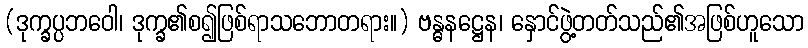
(ဒုက္ခပ္ပဘဝေါ၊ ဒုက္ခ၏စ၍ဖြစ်ရာသဘောတရား။) ဗန္ဓနဋ္ဌေန၊ နှောင်ဖွဲ့တတ်သည်၏အဖြစ်ဟူသော